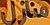
منازل